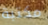
مكتبة